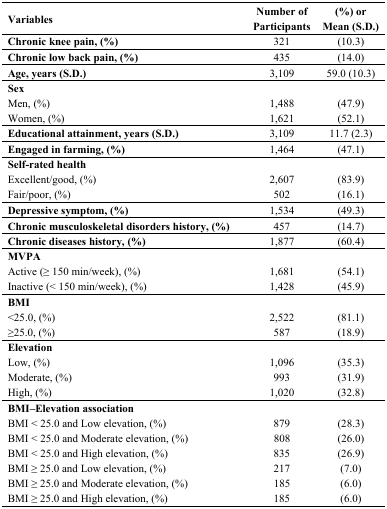
<table><thead><tr><td><b>Variables</b></td><td><b>Number of Participants</b></td><td><b>(%) or Mean (S.D.)</b></td></tr></thead><tbody><tr><td><b>Chronic knee pain, (%)</b></td><td>321</td><td>(10.3)</td></tr><tr><td><b>Chronic low back pain, (%)</b></td><td>435</td><td>(14.0)</td></tr><tr><td><b>Age, years (S.D.)</b></td><td>3,109</td><td>59.0 (10.3)</td></tr><tr><td><b>Sex</b></td><td>[EMPTY_CELL]</td><td>[EMPTY_CELL]</td></tr><tr><td>Men, (%)</td><td>1,488</td><td>(47.9)</td></tr><tr><td>Women, (%)</td><td>1,621</td><td>(52.1)</td></tr><tr><td><b>Educational attainment, years (S.D.)</b></td><td>3,109</td><td>11.7 (2.3)</td></tr><tr><td><b>Engaged in farming, (%)</b></td><td>1,464</td><td>(47.1)</td></tr><tr><td><b>Self-rated health</b></td><td>[EMPTY_CELL]</td><td>[EMPTY_CELL]</td></tr><tr><td>Excellent/good, (%)</td><td>2,607</td><td>(83.9)</td></tr><tr><td>Fair/poor, (%)</td><td>502</td><td>(16.1)</td></tr><tr><td><b>Depressive symptom, (%)</b></td><td>1,534</td><td>(49.3)</td></tr><tr><td><b>Chronic musculoskeletal disorders history, (%)</b></td><td>457</td><td>(14.7)</td></tr><tr><td><b>Chronic diseases history, (%)</b></td><td>1,877</td><td>(60.4)</td></tr><tr><td><b>MVPA</b></td><td>[EMPTY_CELL]</td><td>[EMPTY_CELL]</td></tr><tr><td>Active (≥ 150 min/week), (%)</td><td>1,681</td><td>(54.1)</td></tr><tr><td>Inactive (&lt; 150 min/week), (%)</td><td>1,428</td><td>(45.9)</td></tr><tr><td><b>BMI</b></td><td>[EMPTY_CELL]</td><td>[EMPTY_CELL]</td></tr><tr><td>&lt;25.0, (%)</td><td>2,522</td><td>(81.1)</td></tr><tr><td>≥25.0, (%)</td><td>587</td><td>(18.9)</td></tr><tr><td><b>Elevation</b></td><td>[EMPTY_CELL]</td><td>[EMPTY_CELL]</td></tr><tr><td>Low, (%)</td><td>1,096</td><td>(35.3)</td></tr><tr><td>Moderate, (%)</td><td>993</td><td>(31.9)</td></tr><tr><td>High, (%)</td><td>1,020</td><td>(32.8)</td></tr><tr><td><b>BMI–Elevation association</b></td><td>[EMPTY_CELL]</td><td>[EMPTY_CELL]</td></tr><tr><td>BMI &lt; 25.0 and Low elevation, (%)</td><td>879</td><td>(28.3)</td></tr><tr><td>BMI &lt; 25.0 and Moderate elevation, (%)</td><td>808</td><td>(26.0)</td></tr><tr><td>BMI &lt; 25.0 and High elevation, (%)</td><td>835</td><td>(26.9)</td></tr><tr><td>BMI ≥ 25.0 and Low elevation, (%)</td><td>217</td><td>(7.0)</td></tr><tr><td>BMI ≥ 25.0 and Moderate elevation, (%)</td><td>185</td><td>(6.0)</td></tr><tr><td>BMI ≥ 25.0 and High elevation, (%)</td><td>185</td><td>(6.0)</td></tr></tbody></table>